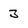
Character: 3